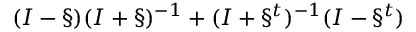
( I - \S ) ( I + \S ) ^ { - 1 } + ( I + \S ^ { t } ) ^ { - 1 } ( I - \S ^ { t } )